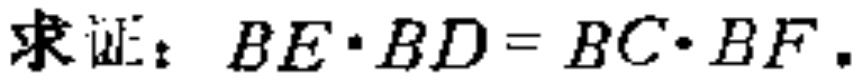
求证：\(BE\cdot BD = BC\cdot BF\)。